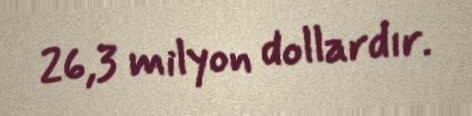
26,3 milyon dollardır.